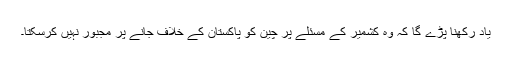
یاد رکھنا پڑے گا کہ وہ کشمیر کے مسئلے پر چین کو پاکستان کے خلاف جانے پر مجبور نہیں کرسکتا۔